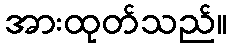
အားထုတ်သည်။